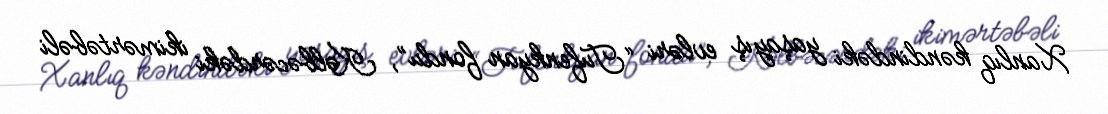
Xanlıq kəndindəki yaşayış evləri “Tufenkyan fondu”, Kəlbəcərdəki ikimərtəbəli